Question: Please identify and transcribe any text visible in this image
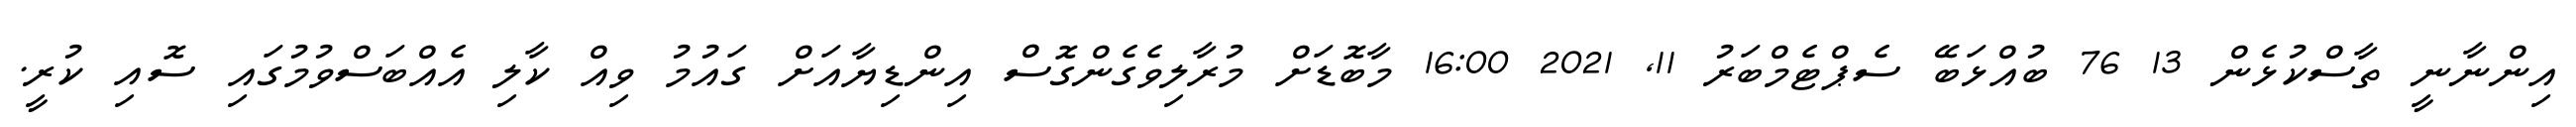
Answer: އިންނާނީ ތާސްކުޅެން 13 76 ބުއްޅަބޭ ސެޕްޓެމްބަރު 11, 2021 16:00 މާބޮޑަށް މުރާލިވެގެންގޮސް އިންޑިޔާއަށް ގައުމު ވިއް ކާލި އެއްބަސްވުމުގައި ސޮއި ކުރީ.